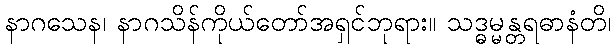
နာဂသေန၊ နာဂသိန်ကိုယ်တော်အရှင်ဘုရား။ သဒ္ဓမ္မန္တရဓာနံတိ၊